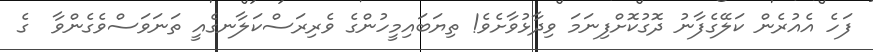
ފަހެ އެއުރެން ކަލޭގެފާނު ދޮގުކޮށްފިނަމަ ވިދާޅުވާށެވެ! ތިޔަބައިމީހުންގެ ވެރިރަސްކަލާނގެއީ ތަނަވަސްވެގެންވާ  ގެ